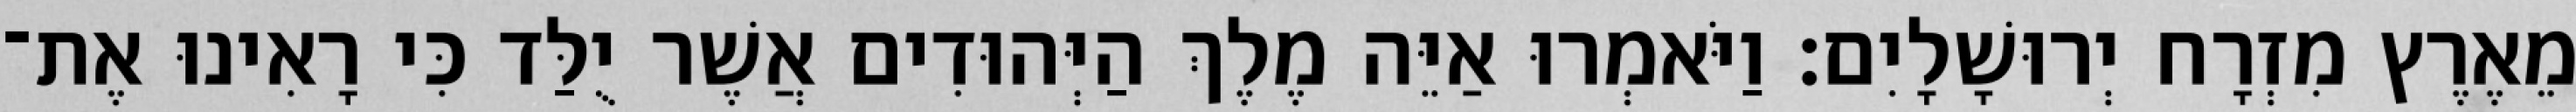
מֵאֶרֶץ מִזְרָח יְרוּשָׁלָיִם׃ וַיֹּאמְרוּ אַיֵּה מֶלֶךְ הַיְּהוּדִים אֲשֶׁר יֻלַּד כִּי רָאִינוּ אֶת־